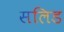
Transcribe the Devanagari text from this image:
सलिड